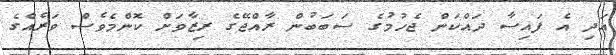
އަދި އެ ފައިސާ ދައްކަން ޖެހުމުގެ ސަބަބުން ރާއްޖޭގެ ރިޒާވަށް ކޮންމެވެސް ވަރެއްގެ